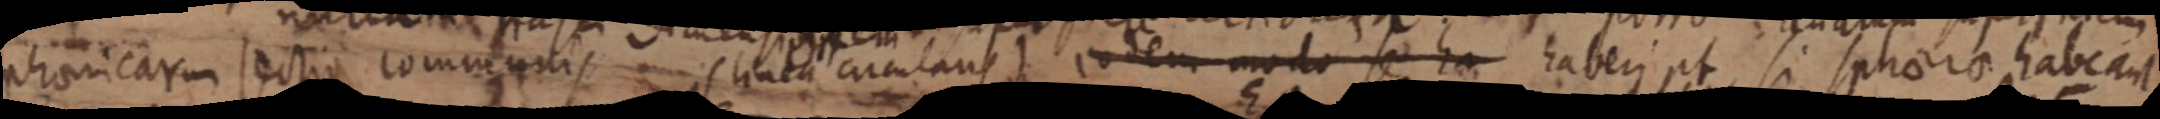
sphaericarum sectio communis (linea circulans) eodem modo se ha haberi pt, si sphaerae habeant